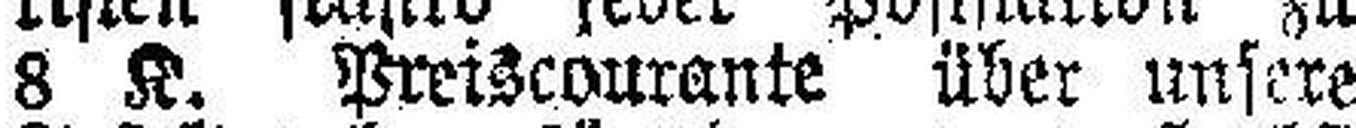
8 K. Preiscourante über unsere